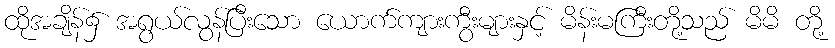
ထိုအချိန်၌ အရွယ်လွန်ပြီးသော ယောက်ကျားကွီးများနှင့် မိန်းမကြီးတို့သည် မိမိ တို့